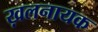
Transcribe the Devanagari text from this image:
ख़लनायक